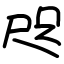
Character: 咫